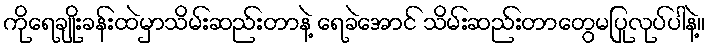
ကိုရေချိုးခန်းထဲမှာသိမ်းဆည်းတာနဲ့ ရေခဲအောင် သိမ်းဆည်းတာတွေမပြုလုပ်ပါနဲ့။